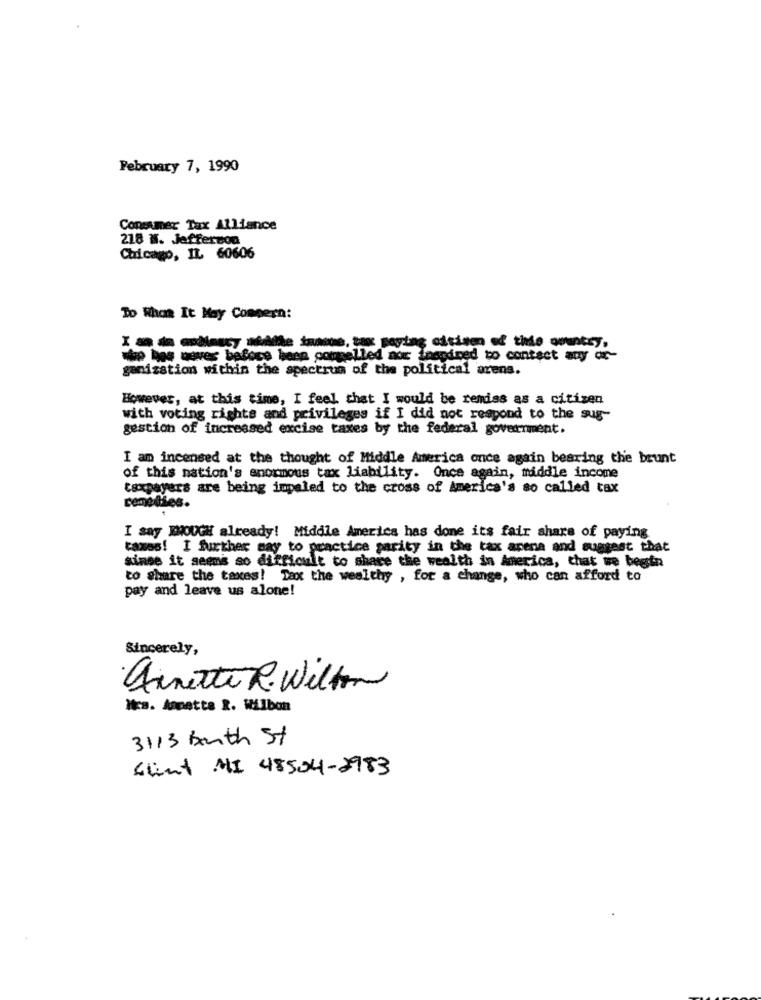
February 7, 1990
Consumer Tax Alliance
218 N. Jefferson
Chicago, IL 60606
To Whom It May Concern:
-hewer befaceless compelled nor Inandned to contact any or-
ganisation within the spectrum of the political arens.
However, at this time, I feel that I would be remiss as a citizen
with voting rights and privileges if I did not respond to the sug-
gestion of increased excise taxes by the federal government.
I am incensed at the thought of Middle America once again bearing the brunt
of this nation's enormous tax liability. Once again, middle income
taxpayers are being impaled to the cross of America's so called tax
remedies.
I say EMOUGH already! Middle America has done its fair share of paying
taxes! I further say to practice parity in the tax arena and suggest that
since it seems so difficult to share the wealth in America, that we begin
to share the taxes! Taxt the wealthy , for a change, who can afford to
pay and leave us alone!
Sincerely,
·Annette R. Wilton
Wcs. Aspetta R. Wilbon
3113 Booth St
Saint MI 48504-2983